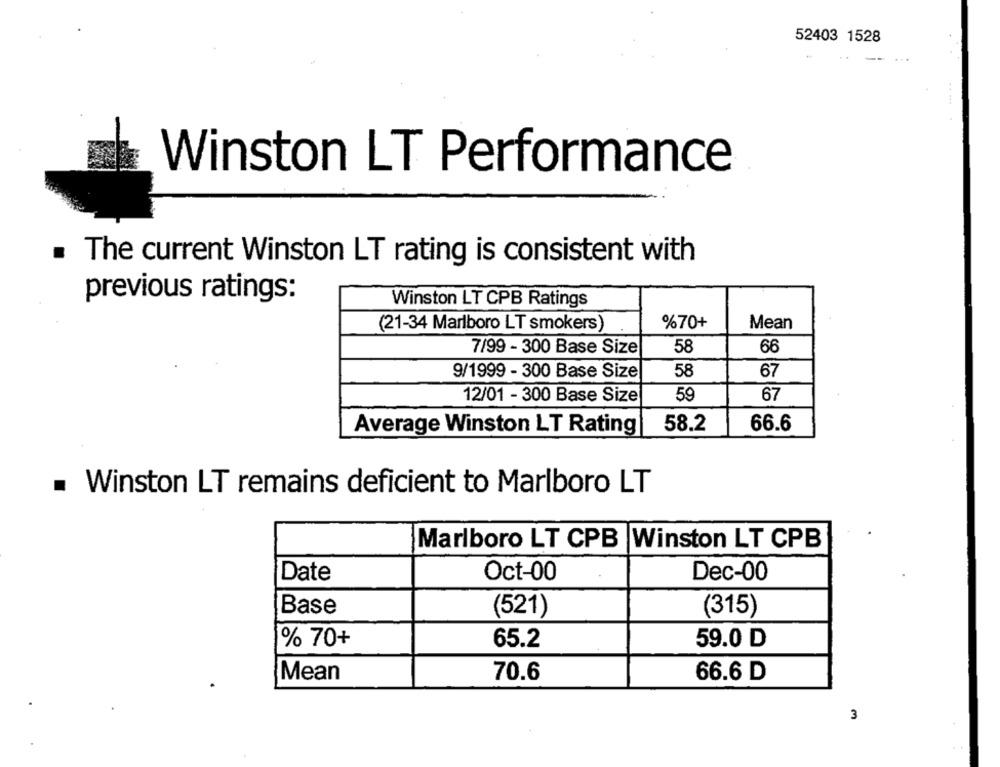
52403 1528
Winston LT Performance
The current Winston LT rating is consistent with
previous ratings:
Winston LT CPB Ratings
(21-34 Marlboro LT smokers)
%70+
Mean
7/99 - 300 Base Size
58
66
9/1999 - 300 Base Size
58
67
12/01 - 300 Base Size
59
67
Average Winston LT Rating
58.2
66.6
. Winston LT remains deficient to Marlboro LT
Marlboro LT CPB |Winston LT CPB
Oct-00
Dec-00
Date
Base
(521)
(315)
% 70+
65.2
59.0 D
66.6 D
Mean
70.6
3